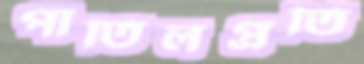
পাতিলপ্রতি